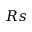
R s